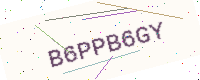
Text: B6PPB6GY